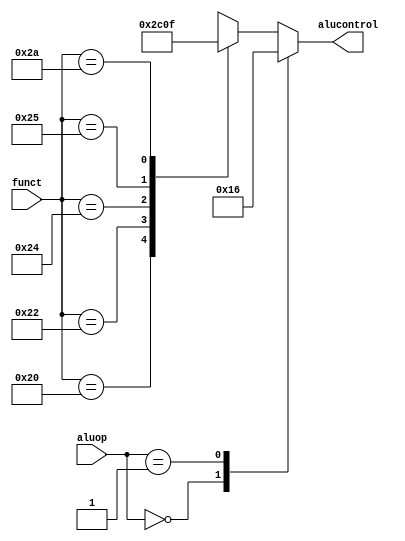
module aludec(input [5:0] funct,
				  input [1:0] aluop,
				  output reg [2:0] alucontrol );
				  
	always @(*)
	
		case (aluop)
			2'b00  : alucontrol <= 3'b010;
			2'b01  : alucontrol <= 3'b110;
			default: case(funct)
			
				6'b100000: alucontrol <= 3'b010;
				6'b100010: alucontrol <= 3'b110;
				6'b100100: alucontrol <= 3'b000;
				6'b100101: alucontrol <= 3'b001;
				6'b101010: alucontrol <= 3'b111;
				default  : alucontrol <= 3'bxxx;
				
				endcase
		endcase
		
endmodule